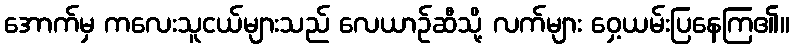
အောက်မှ ကလေးသူငယ်များသည် လေယာဉ်ဆီသို့ လက်များ ဝှေ့ယမ်းပြနေကြ၏။